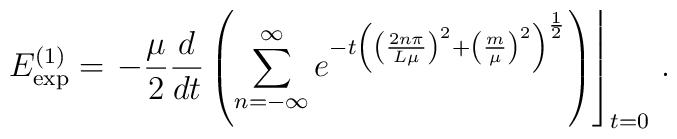
E_{\exp }^{\left( 1\right) }=\left. -\frac \mu2\frac d{dt}\left( \sum_{n=-\infty }^\infty e^{-t\left( \left(\frac{2n\pi }{L\mu }\right)  ^2+\left( \frac m\mu \right) ^2\right)^{\frac 12}}\right)  \right\rfloor _{t=0}\,.